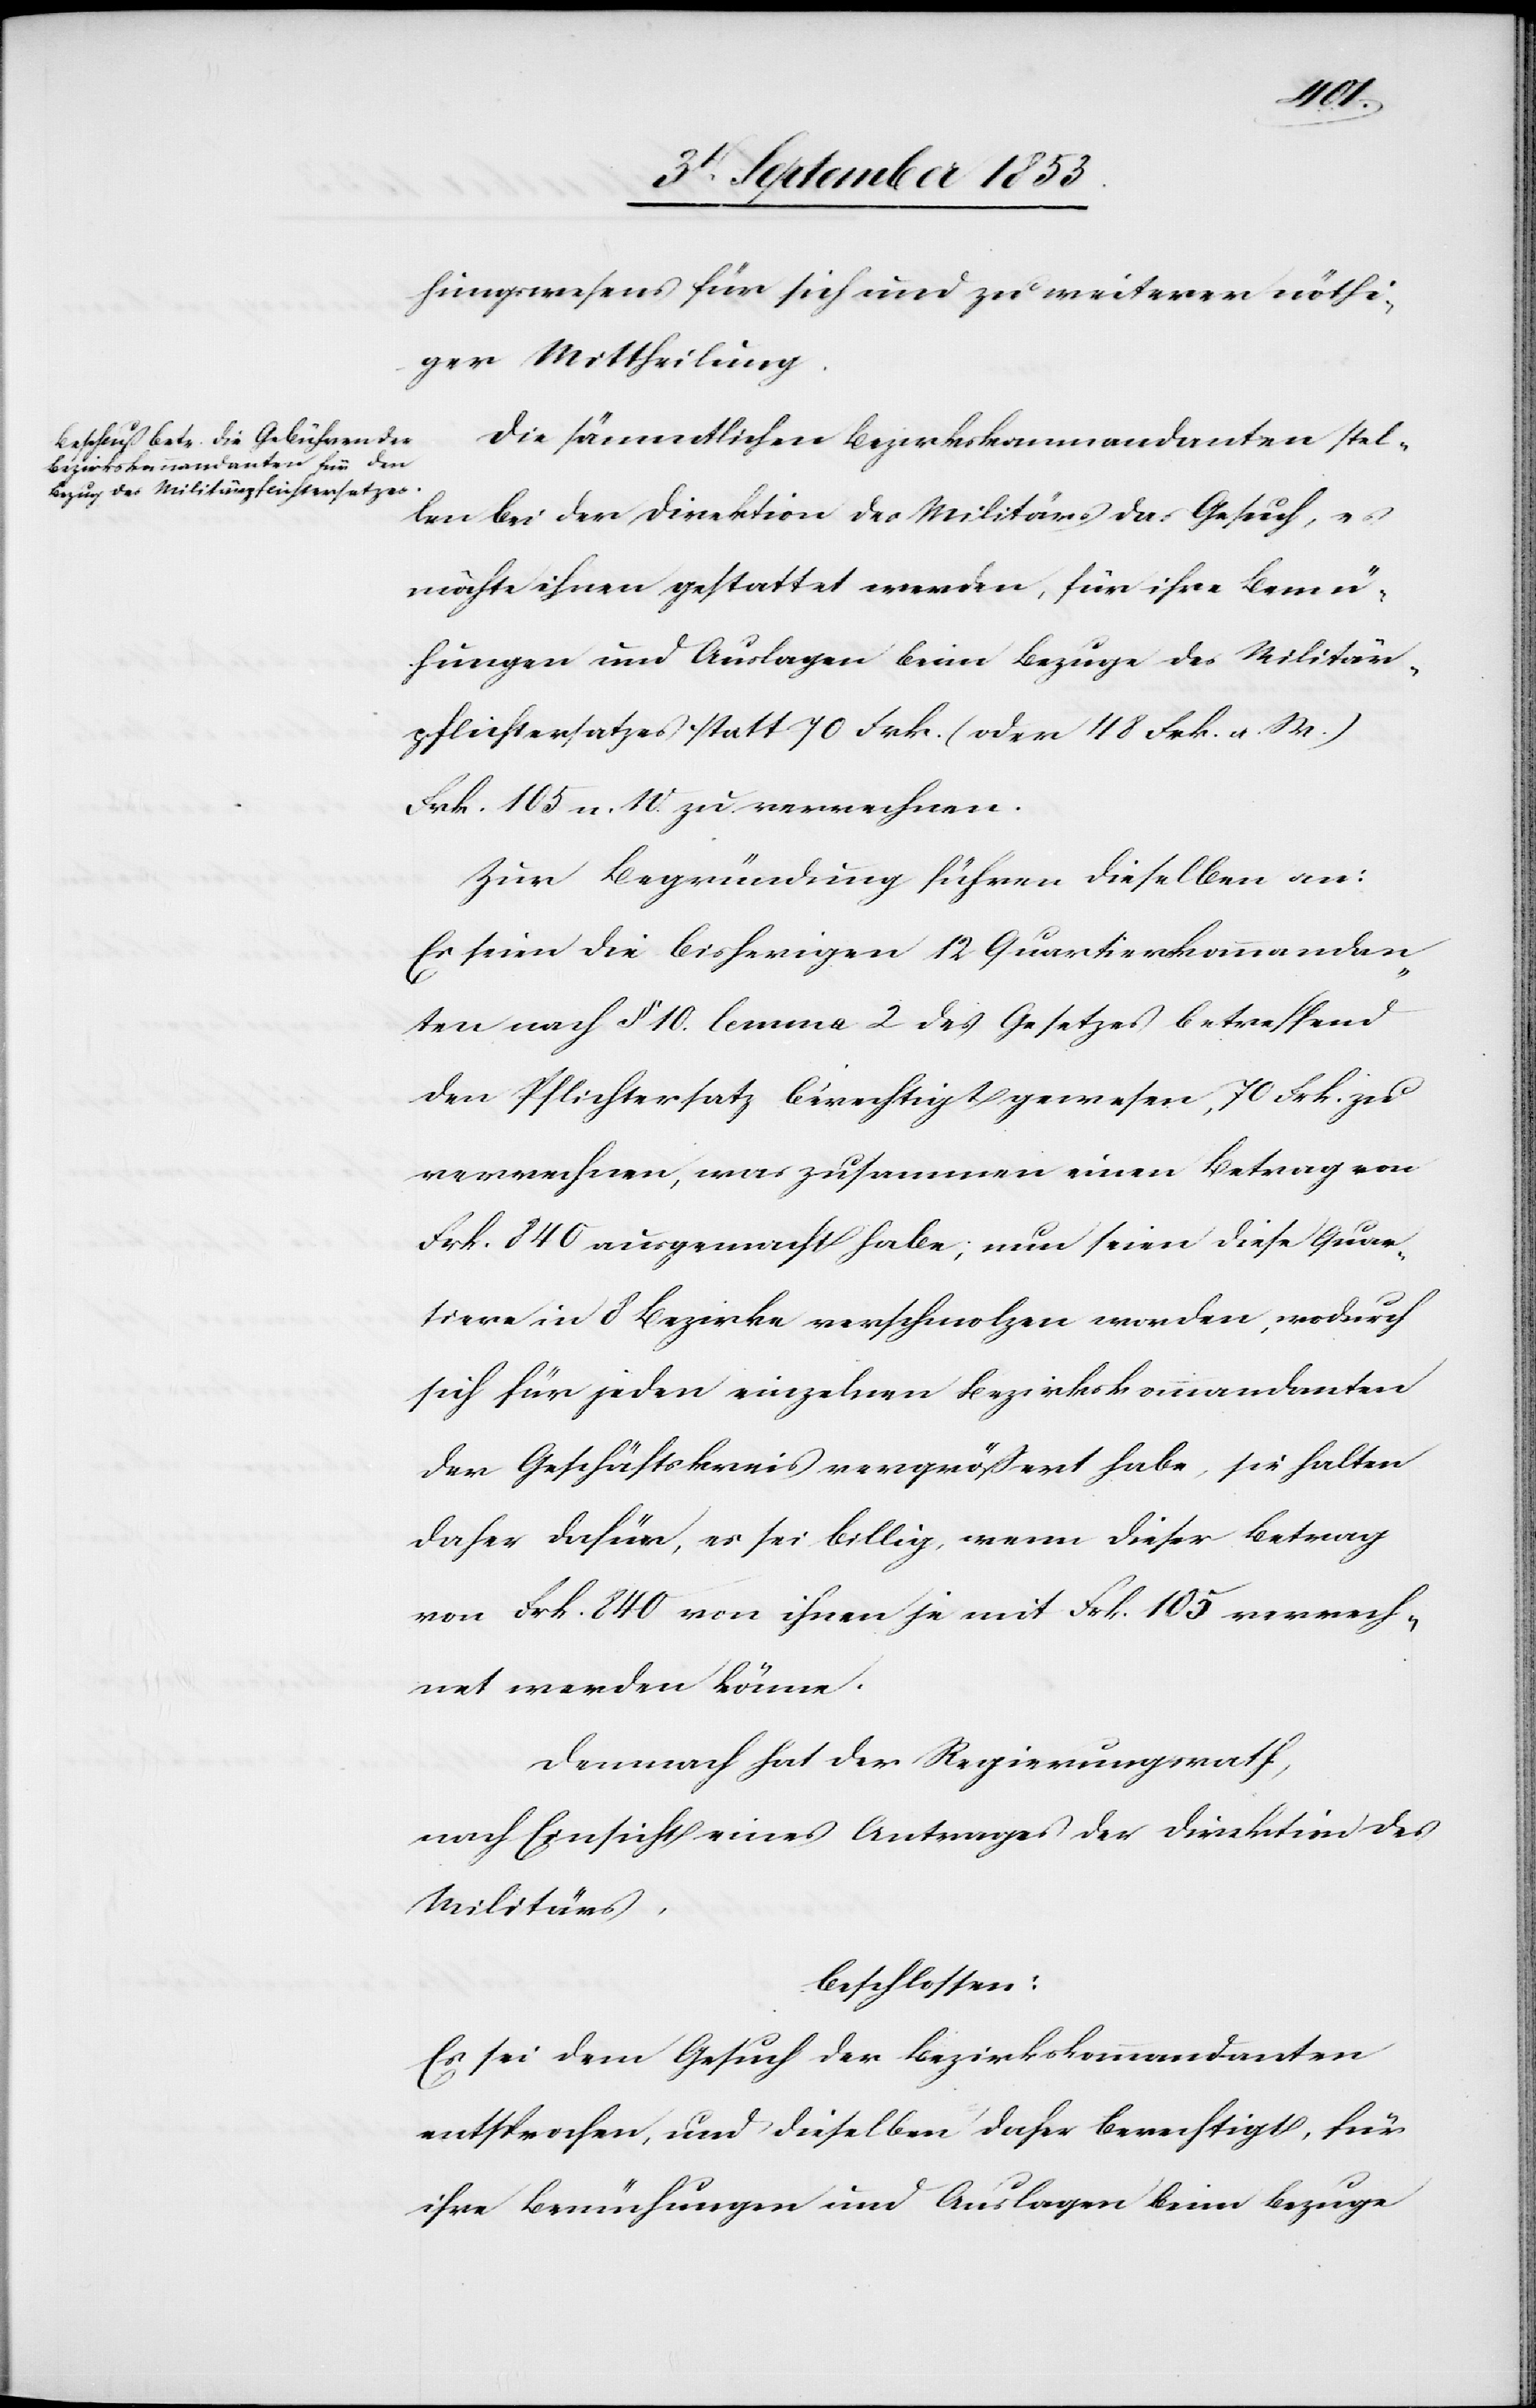
hungswesens für sich und zu weiterer nöthi¬
ger Mittheilung.
Die sämmtlichen Bezirkskommandanten stel¬
len bei der Direktion des Militärs das Gesuch, es
möchte ihnen gestattet werden, für ihre Bemü¬
hungen und Auslagen beim Bezuge des Militär¬
pflichtersatzes statt 70 Frk. (118 Frk. a. W.)
Frk. 105. n. W. zu verrechnen.
Zur Begründung führen dieselben an:
Es seien die bisherigen 12 Quartierskommandan¬
ten nach § 10 lemma 2 des Gesetzes betreffend
den Pflichtersatz berechtigt gewesen, 70 Frk. zu
verrechnen, was zusammen einen Betrag von
Frk. 840 ausgemacht habe, nun seien diese Quar¬
tiere in 8 Bezirke verschmolzen worden, wodurch
sich für jeden einzelnen Bezirkskommandanten
der Geschäftskreis vergrößert habe, sie halten
daher dafür, es sei billig, wenn dieser Betrag
von Frk. 840 von ihnen je mit Frk. 105 verrech¬
net werden könne.
Demnach hat der Regierungsrath,
nach Einsicht eines Antrages der Direktion des
Militärs,
beschlossen:
Es sei dem Gesuch der Bezirkskommandanten
entsprochen, und dieselben daher berechtigt, für
ihre Bemühungen und Auslagen beim Bezuge